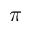
\pi